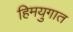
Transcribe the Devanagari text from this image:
हिमयुगात